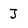
Character: J